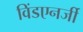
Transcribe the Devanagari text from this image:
विंडएनर्जी